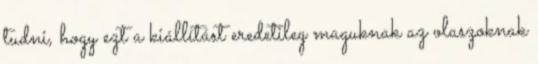
tudni, hogy ezt a kiállítást eredetileg maguknak az olaszoknak